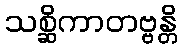
သစ္ဆိကာတဗ္ဗန္တိ